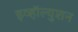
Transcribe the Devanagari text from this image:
इव्हॉल्युशन